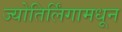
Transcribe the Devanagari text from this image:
ज्योतिर्लिंगामधून